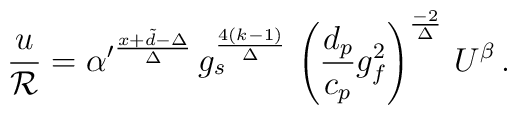
{u \over {\cal R}} = {\alpha^\prime}^{x+\tilde d -\Delta \over \Delta} \,g_s^{4 (k-1) \over \Delta} \, \left( \frac{d_p}{c_p} g_f^2 \right)^{-2 \over \Delta} \,  U^{\beta} \, .